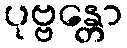
ပုဗ္ဗန္တော